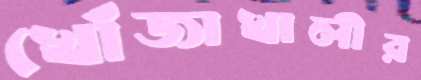
খোঁজাখালীর